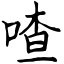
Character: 喳